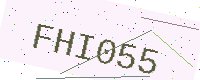
Text: FHI055